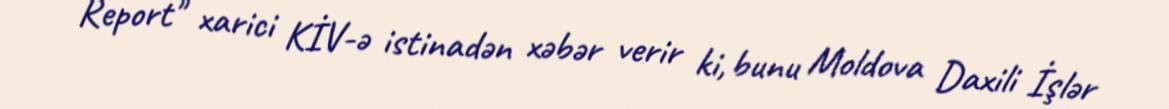
Report" xarici KİV-ə istinadən xəbər verir ki, bunu Moldova Daxili İşlər